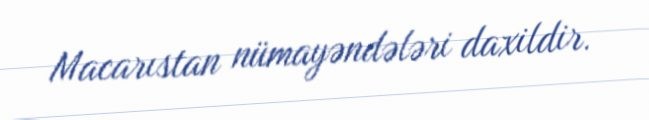
Macarıstan nümayəndələri daxildir.